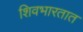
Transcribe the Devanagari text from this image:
शिवभारतात